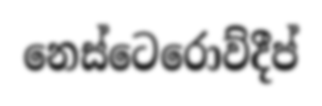
නෙස්ටෙරොව්දීප්